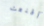
أقنعت